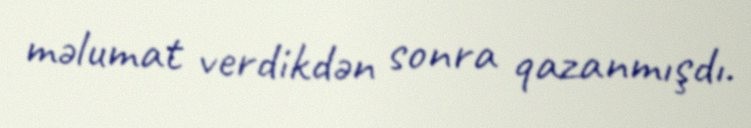
məlumat verdikdən sonra qazanmışdı.